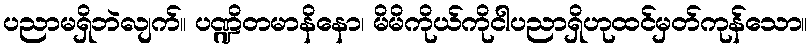
ပညာမရှိဘဲလျက်။ ပဏ္ဍိတမာနိနော၊ မိမိကိုယ်ကိုငါပညာရှိဟုထင်မှတ်ကုန်သော။